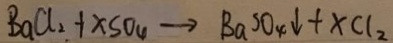
B a C l _ { 2 } + x s o _ { 4 } \rightarrow B a s O _ { 4 } \downarrow + x C l _ { 2 }